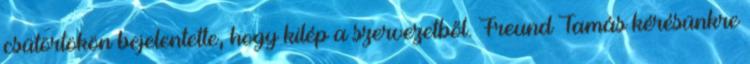
csütörtökön bejelentette, hogy kilép a szervezetből. Freund Tamás kérésünkre